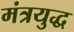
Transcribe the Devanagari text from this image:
मंत्रयुद्ध